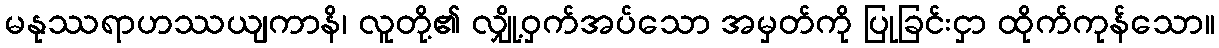
မနုဿရာဟဿယျကာနိ၊ လူတို့၏ လျှို့ဝှက်အပ်သော အမှတ်ကို ပြုခြင်းငှာ ထိုက်ကုန်သော။